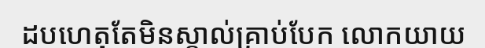
ដបហេតុតែមិនស្គាល់គ្រាប់បែក លោកយាយ